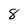
Character: 8